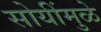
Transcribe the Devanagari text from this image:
सोयींमुळे